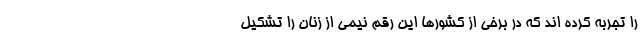
را تجربه کرده اند که در برخی از کشورها این رقم نیمی از زنان را تشکیل